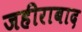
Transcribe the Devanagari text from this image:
जहीराबाद